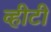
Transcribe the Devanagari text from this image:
व्हीटी